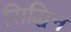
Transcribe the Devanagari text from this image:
सिद्धिन